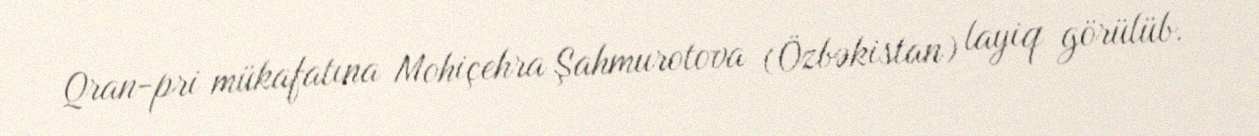
Qran-pri mükafatına Mohiçehra Şahmurotova (Özbəkistan) layiq görülüb.